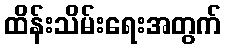
ထိန်းသိမ်းရေးအတွက်